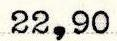
22,90